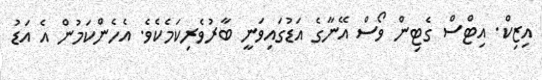
އިޒިކް. އިޓްސް ގެޓިން ވޯސް އޭނާގެ އަޑުގައިވަނީ ބާރުވެރިކަމެކެވެ. އެހެންކަމުން އެ އަޑު